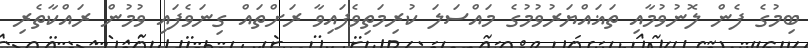
ބިމުގެ ފެން ލޮނުވުމާއި ތަޣައްޔަރުވުމުގެ މައްސަލަ ކުރިމަތިވެފައިވާ ރަށްތައް ގިނަވެފައި ވުމުން ރައްކާތެރި